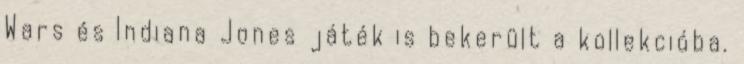
Wars és Indiana Jones játék is bekerült a kollekcióba.